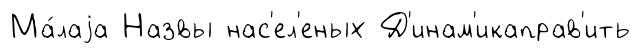
Ма́лаjа Назвы нас'ел'еных Д'инам'икаправ'ить